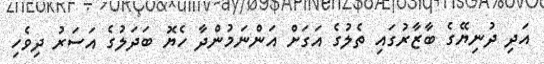
އަދި ދުނިޔޭގެ ބާޒާރުގައި ތެލުގެ އަގަށް އަންނަމުންދާ ހެޔޮ ބަދަލުގެ އަސަރު ދިވެހި